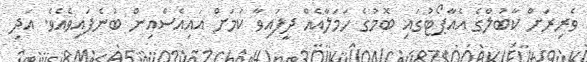
ވެރިރަށް ކާބުލްގެ އެއާޕޯޓުގައި ބޮމުގެ ހަމަލާއެއް ދީފައިވާ ކަމަށް އައިއެސްއިން ބުނެފައިވެއެވެ. އަދި